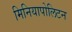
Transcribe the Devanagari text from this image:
मिनियापोलिटन